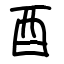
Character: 酉